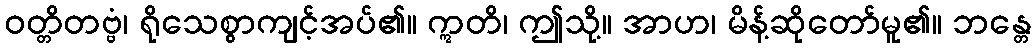
ဝတ္တိတဗ္ဗံ၊ ရိုသေစွာကျင့်အပ်၏။ ဣတိ၊ ဤသို့။ အာဟ၊ မိန့်ဆိုတော်မူ၏။ ဘန္တေ